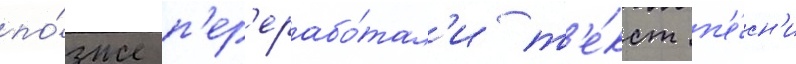
по́зже п'ер'ерабо́тал'и т'е́кст п'е́сн'и